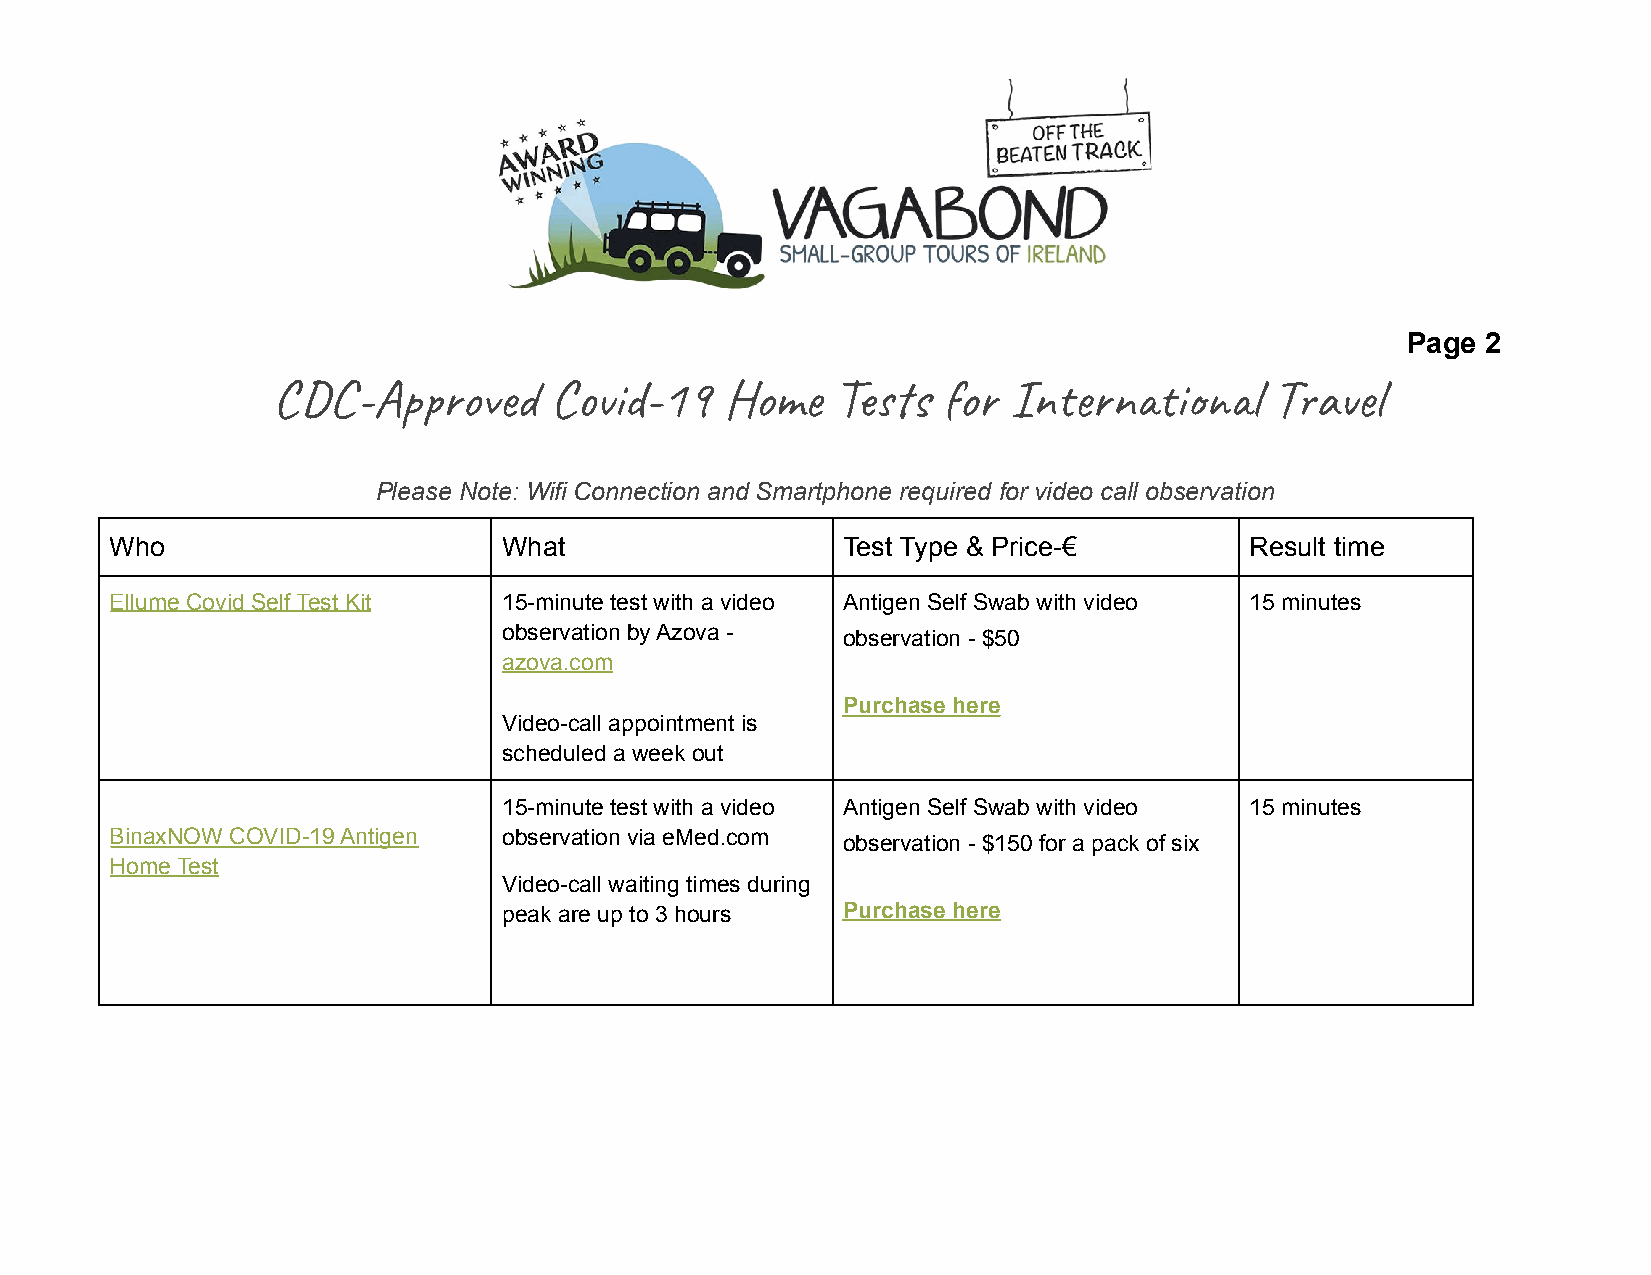
Page 2
 C-Apov      Cid-19    Hom   s  o  Innil    Tal
 Please Note: Wifi Connection and Smartphone required for video call observation
 Who                       What                   Test Type & Price-€        Result time
 Ellume Covid Self Test Kit 15-minute test with a video Antigen Self Swab with video 15 minutes
 observation by Azova - observation - $50
 azova.com
 Purchase here
 Video-call appointment is
 scheduled a week out
 15-minute test with a video Antigen Self Swab with video 15 minutes
 BinaxNOW COVID-19 Antigen observation via eMed.com observation - $150 for a pack of six
 Home Test
 Video-call waiting times during
 peak are up to 3 hours Purchase here